Annual administration and progress report of the Indian Medical Department, Bombay
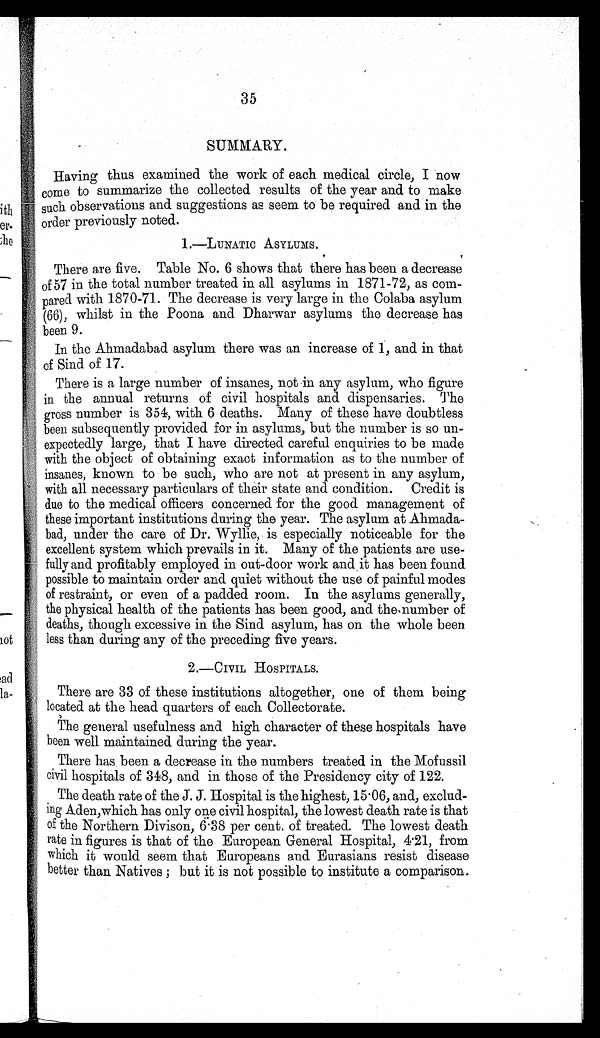
35
SUMMARY.
Having thus examined the work of each medical circle, I now
come to summarize the collected results of the year and to make
such observations and suggestions as seem to be required and in the
order previously noted.
1.—LUNATIC ASYLUMS.
There are five. Table No. 6 shows that there has been a decrease
of 57 in the total number treated in all asylums in 1871-72, as com-
pared with 1870-71. The decrease is very large in the Colaba asylum
(66), whilst in the Poona and Dharwar asylums the decrease has
been 9.
In the Ahmadabad asylum there was an increase of 1, and in that
of Sind of 17.
There is a large number of insanes, not in any asylum, who figure
in the annual returns of civil hospitals and dispensaries. The
gross number is 354, with 6 deaths. Many of these have doubtless
been subsequently provided for in asylums, but the number is so un-
expectedly large, that I have directed careful enquiries to be made
with the object of obtaining exact information as to the number of
insanes, known to be such, who are not at present in any asylum,
with all necessary particulars of their state and condition. Credit is
due to the medical officers concerned for the good management of
these important institutions during the year. The asylum at Ahmada-
bad, under the care of Dr. Wyllie, is especially noticeable for the
excellent system which prevails in it. Many of the patients are use-
fully and profitably employed in out-door work and it has been found
possible to maintain order and quiet without the use of painful modes
of restraint, or even of a padded room. In the asylums generally,
the physical health of the patients has been good, and the number of
deaths, though excessive in the Sind asylum, has on the whole been
less than during any of the preceding five years.
2.—CIVIL HOSPITALS.
There are 33 of these institutions altogether, one of them being
located at the head quarters of each Collectorate.
The general usefulness and high character of these hospitals have
been well maintained during the year.
There has been a decrease in the numbers treated in the Mofussil
civil hospitals of 348, and in those of the Presidency city of 122.
The death rate of the J. J . Hospital is the highest, 15.06, and, exclud-
ing Aden, which has only one civil hospital, the lowest death rate is that
of the Northern Divison, 6.38 per cent. of treated. The lowest death
rate in figures is that of the European General Hospital, 4.21, from
which it would seem that Europeans and Eurasians resist disease
better than Natives; but it is not possible to institute a comparison.